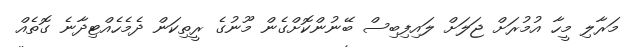
މަރާލި މީހާ އުމުރަށް ޖަލަށް ލައިފިބިސް ބޭނުންކޮށްގެން މޫނުގެ ރީތިކަން ދެމެހެއްޓިދާނެ ގޮތެއް